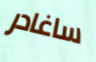
ساغادر